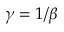
\gamma = 1 / \beta